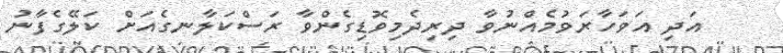
އަދި އަވަހާރަވުމެއްނުވާ ދިރިދެމިވޮޑިގެންވާ ރަސްކަލާނގެއަށް ކަލޭގެފާނު